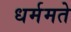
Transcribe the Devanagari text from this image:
धर्ममते